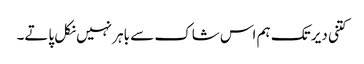
کتنی دیر تک ہم اس شاک سے باہر نہیں نکل پاتے۔